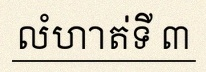
លំហាត់ទី ៣